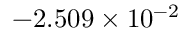
- 2 . 5 0 9 \times 1 0 ^ { - 2 }